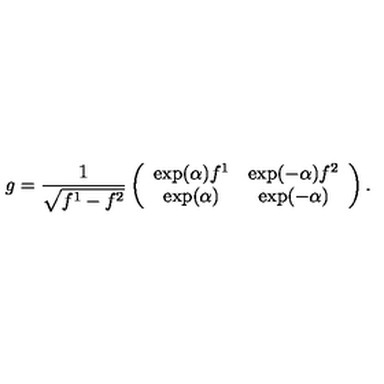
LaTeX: g = \frac { 1 } { \sqrt { f ^ { 1 } - f ^ { 2 } } } \left( \begin{array} { c c } { \exp ( \alpha ) f ^ { 1 } } & { \exp ( - \alpha ) f ^ { 2 } } \\ { \exp ( \alpha ) } & { \exp ( - \alpha ) } \\ \end{array} \right) .